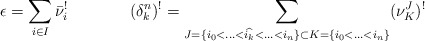
\begin{align*}\epsilon=\sum_{i \in I} \bar{\nu}_i^! & \; & (\delta^n_k)^!=\sum_{J=\{i_0<\hdots<\widehat{i_k}<\hdots<i_n\} \subset K=\{i_0<\hdots<i_n\}} (\nu_{K}^J)^!\end{align*}